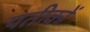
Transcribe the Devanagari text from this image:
पतीकों